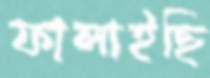
ফালাইছি